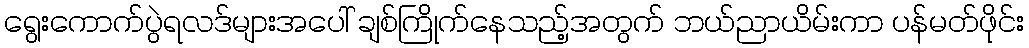
ရွေးကောက်ပွဲရလဒ်များအပေါ် ချစ်ကြိုက်နေသည့်အတွက် ဘယ်ညာယိမ်းကာ ပန်မတ်ဖိုင်း